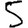
Digit: 5